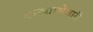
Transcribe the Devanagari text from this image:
कड्याशेजारी